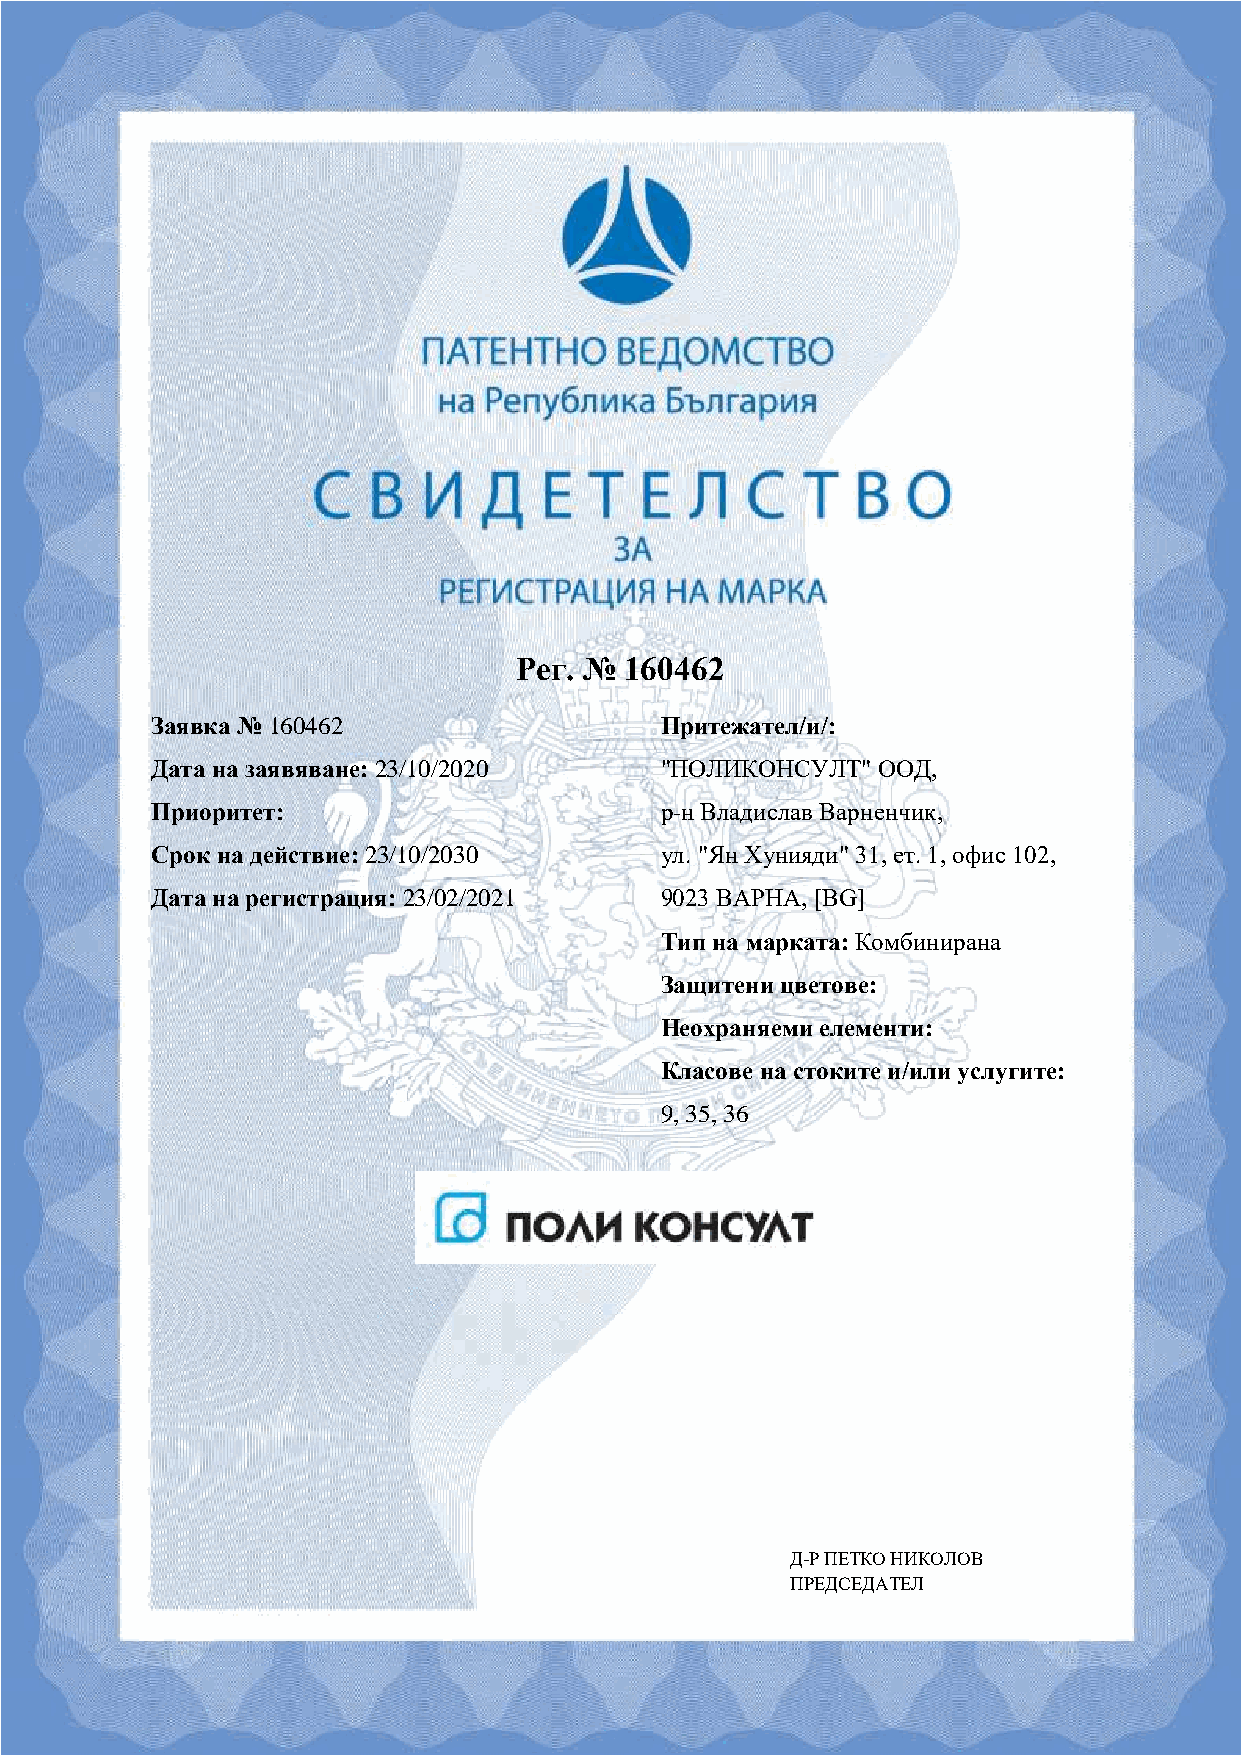
Рег. № 160462
 Заявка № 160462                   Притежател/и/:
 Дата на заявяване: 23/10/2020     "ПОЛИКОНСУЛТ" ООД,
 Приоритет:                        р-н Владислав Варненчик,
 Срок на действие: 23/10/2030      ул. "Ян Хунияди" 31, ет. 1, офис 102,
 Дата на регистрация: 23/02/2021   9023 ВАРНА, [BG]
 Тип на марката: Комбинирана
 Защитени цветове:
 Неохраняеми елементи:
 Класове на стоките и/или услугите:
 9, 35, 36
 X
 Д-РД -ПР ПЕЕТТККО ОНИ НКОИЛОКВОЛОВ
 ПР#Е$Д#1С31Е;6Д5;0А#$Т#ЕЛ